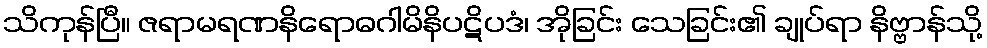
သိကုန်ပြီ။ ဇရာမရဏနိရောဓဂါမိနိပဋိပဒံ၊ အိုခြင်း သေခြင်း၏ ချုပ်ရာ နိဗ္ဗာန်သို့